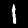
Digit: 1